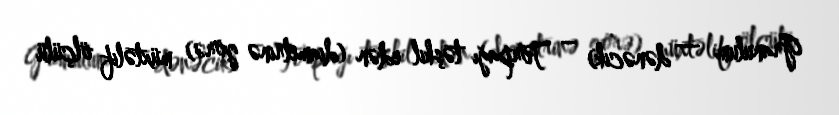
Granulum — dənəcik) – Torpağı təşkil edən (diametrinə görə) müxtəlif ölçülü